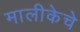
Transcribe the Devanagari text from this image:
मालीकेचे